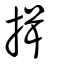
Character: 揖